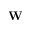
\mathbf { W }